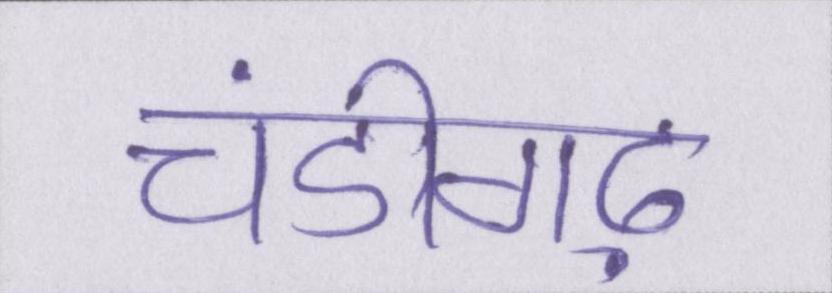
चंडीगढ़